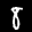
Label: 8